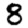
Digit: 8